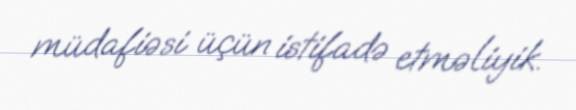
müdafiəsi üçün istifadə etməliyik.